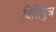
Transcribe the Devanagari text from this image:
दितिपुत्र